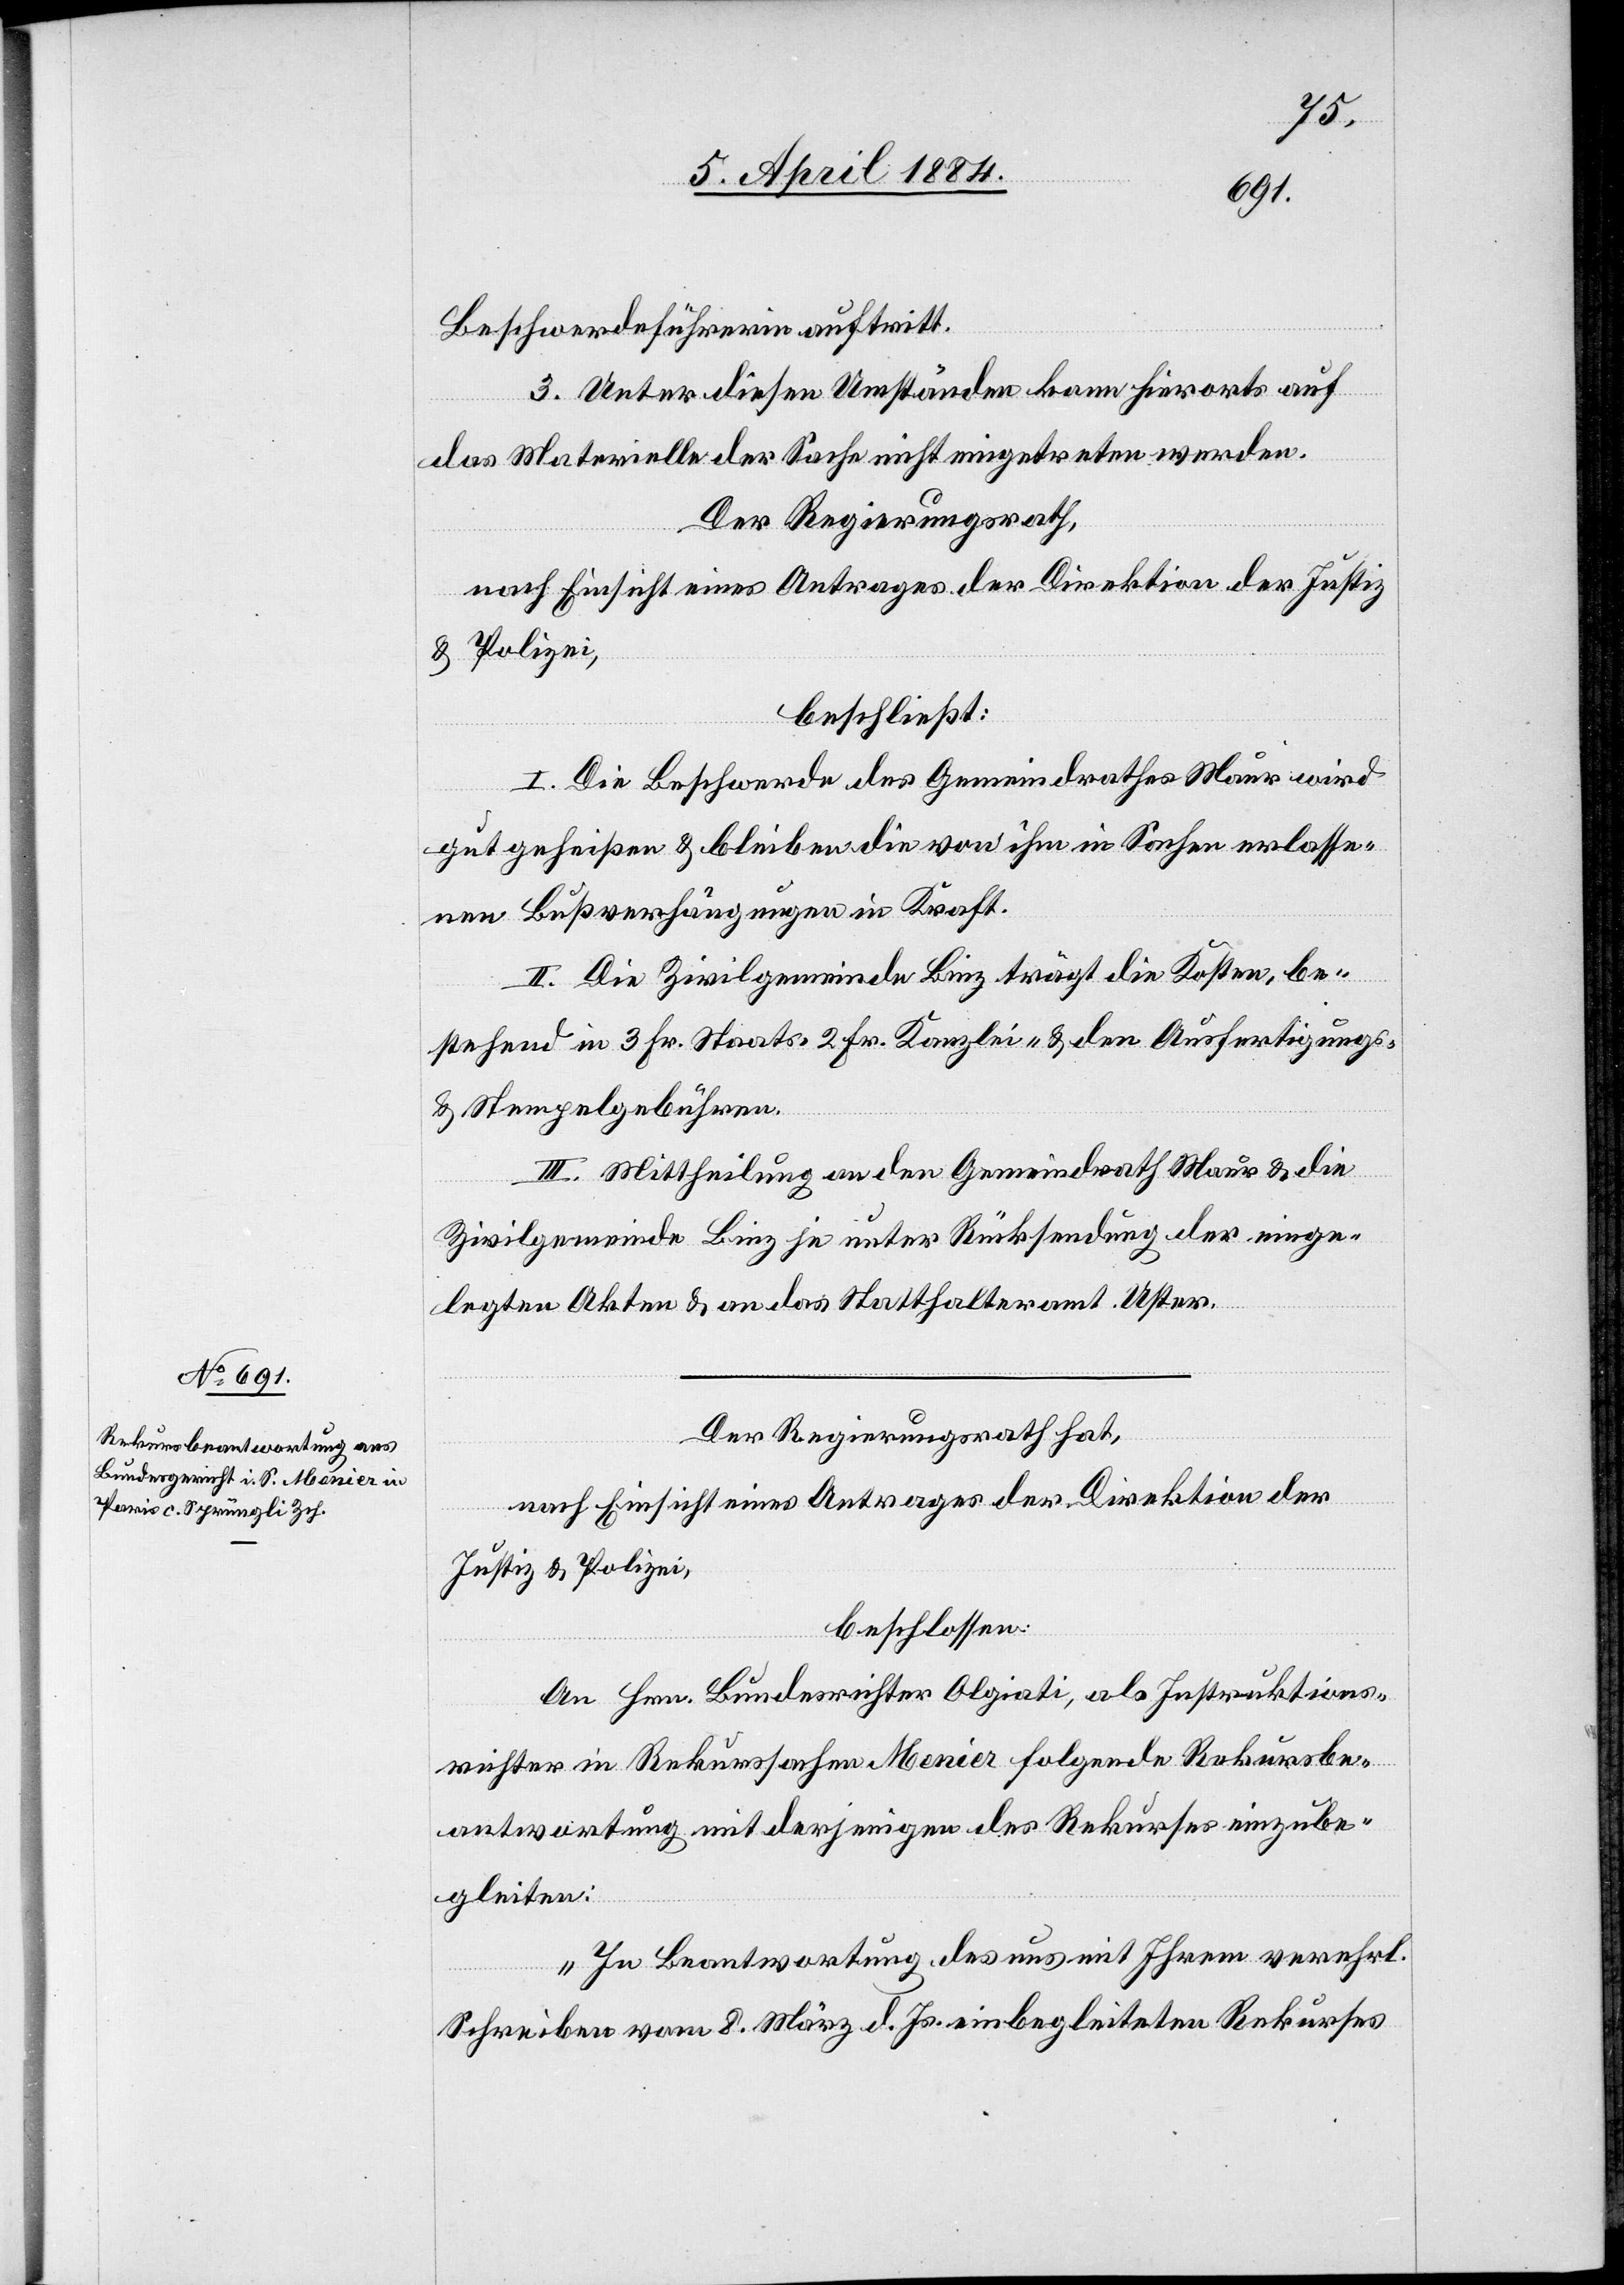
Beschwerdeführerin auftritt.
3. Unter diesen Umständen kann hierorts auf
das Materielle der Sache nicht eingetreten werden.
Der Regierungsrath,
nach Einsicht eines Antrages der Direktion der Justiz
& Polizei,
beschließt:
I. Die Beschwerde des Gemeindrathes Maur wird
gutgeheißen & bleiben die von ihm in Sache erlasse¬
nen Bußverhängungen in Kraft.
II. Die Zivilgemeinde Binz trägt die Kosten, be¬
stehend in 3 Fr. Staats-, 2 Fr. Kanzlei- & den Ausfertigungs-
& Stempelgebühren.
III. Mittheilung an den Gemeindrath Maur & die
Zivilgemeinde Binz je unter Rücksendung der einge¬
legten Akten & an das Statthalteramt Uster.
Der Regierungsrath hat,
nach Einsicht eines Antrages der Direktion der
Justiz & Polizei,
beschlossen:
An Hrn. Bundesrichter Oligiati, als Instrukions¬
richter in Rekurssachen Menier folgende Rekursbe¬
antwortung mit derjenigen des Rekurses einzube¬
gleiten:
„In Beantwortung des uns mit Ihrem verehrl.
Schreiben vom 8. März d. Js. einbegleiteten Rekurses